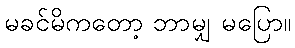
မခင်မိကတော့ ဘာမျှ မပြော။